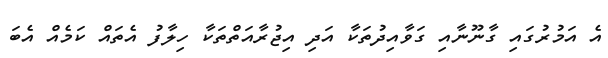
އެ އަމުރުގައި ގާނޫނާއި ގަވާއިދުތަކާ އަދި އިޖުރާއަތްތަކާ ހިލާފު އެތައް ކަމެއް އެބަ